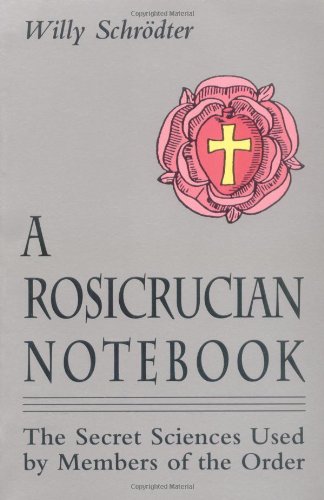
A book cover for A Rosicrucian Notebook: The Secret Sciences Used by Members of the Order; Willy Schrodter; Religion & Spirituality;